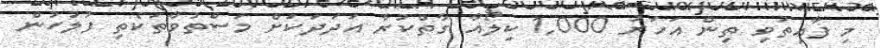
މި ފާއިތުވި ތިން އަހަރު 1